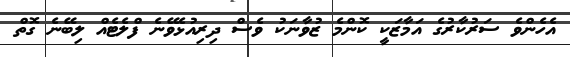
އެހެންވެ ސަރުކާރުގެ އަމާޒަކީ ކޮންމެ ޒުވާނަކު ވެސް ދިރިއުޅެވޭނެ ފްލެޓެއް ލިބޭނެ ގޮތް